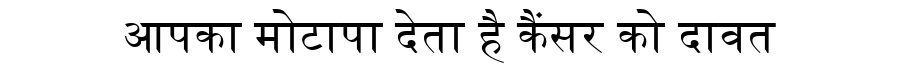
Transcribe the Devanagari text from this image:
आपका मोटापा देता है कैंसर को दावत